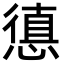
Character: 憄